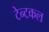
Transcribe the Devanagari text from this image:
टेन्टकल